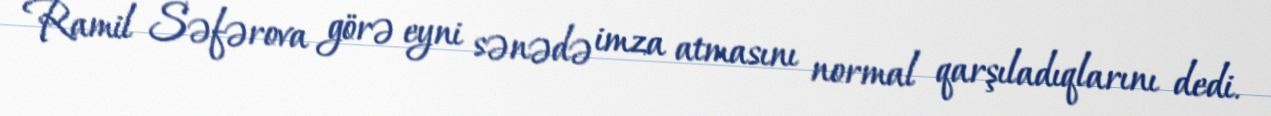
Ramil Səfərova görə eyni sənədə imza atmasını normal qarşıladıqlarını dedi.